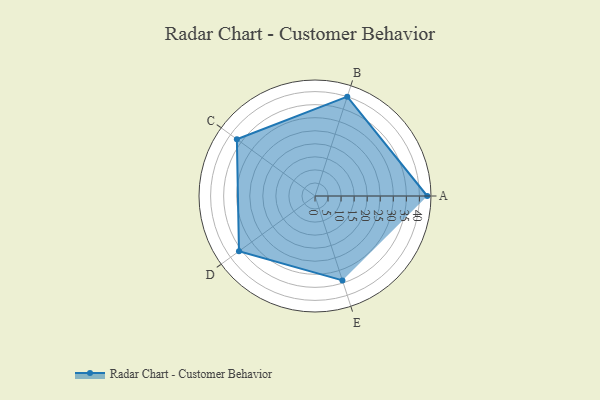
{"axis": {"x": "Skill", "y": "Score"}, "legend": ["Profile"], "data": [{"x": "A", "y": 43.0, "type": "Profile"}, {"x": "B", "y": 40.0, "type": "Profile"}, {"x": "C", "y": 37.0, "type": "Profile"}, {"x": "D", "y": 36.0, "type": "Profile"}, {"x": "E", "y": 34.0, "type": "Profile"}]}